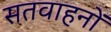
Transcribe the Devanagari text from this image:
सतवाहनों